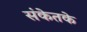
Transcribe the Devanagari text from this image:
संकेतके